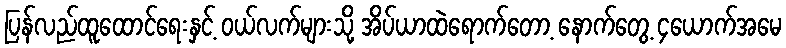
ပြန်လည်ထူထောင်ရေးနှင့် ဝယ်လက်များသို့ အိပ်ယာထဲရောက်တော့ နောက်တွေ့ ၄ယောက်အမေ